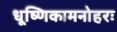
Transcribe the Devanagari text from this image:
धूष्णिकामनोहरः